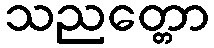
သညတ္တော